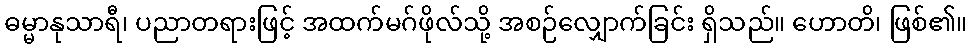
ဓမ္မာနုသာရီ၊ ပညာတရားဖြင့် အထက်မဂ်ဖိုလ်သို့ အစဉ်လျှောက်ခြင်း ရှိသည်။ ဟောတိ၊ ဖြစ်၏။